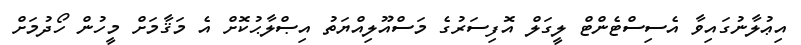
އިޢުލާނުގައިވާ އެސިސްޓެންޓް ލީގަލް އޮފިސަރުގެ މަސްއޫލިއްޔަތު އިޞްލާޙުކޮށް އެ މަޤާމަށް މީހުން ހޯދުމަށް